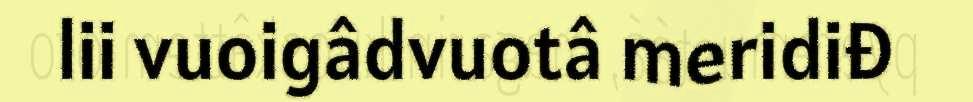
lii vuoigâdvuotâ meridiđ